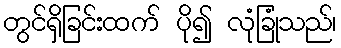
တွင်ရှိခြင်းထက် ပို၍ လုံခြုံသည်၊